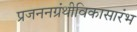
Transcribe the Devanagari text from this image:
प्रजननग्रंथीविकासारंभ